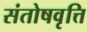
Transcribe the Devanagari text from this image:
संतोषवृत्ति